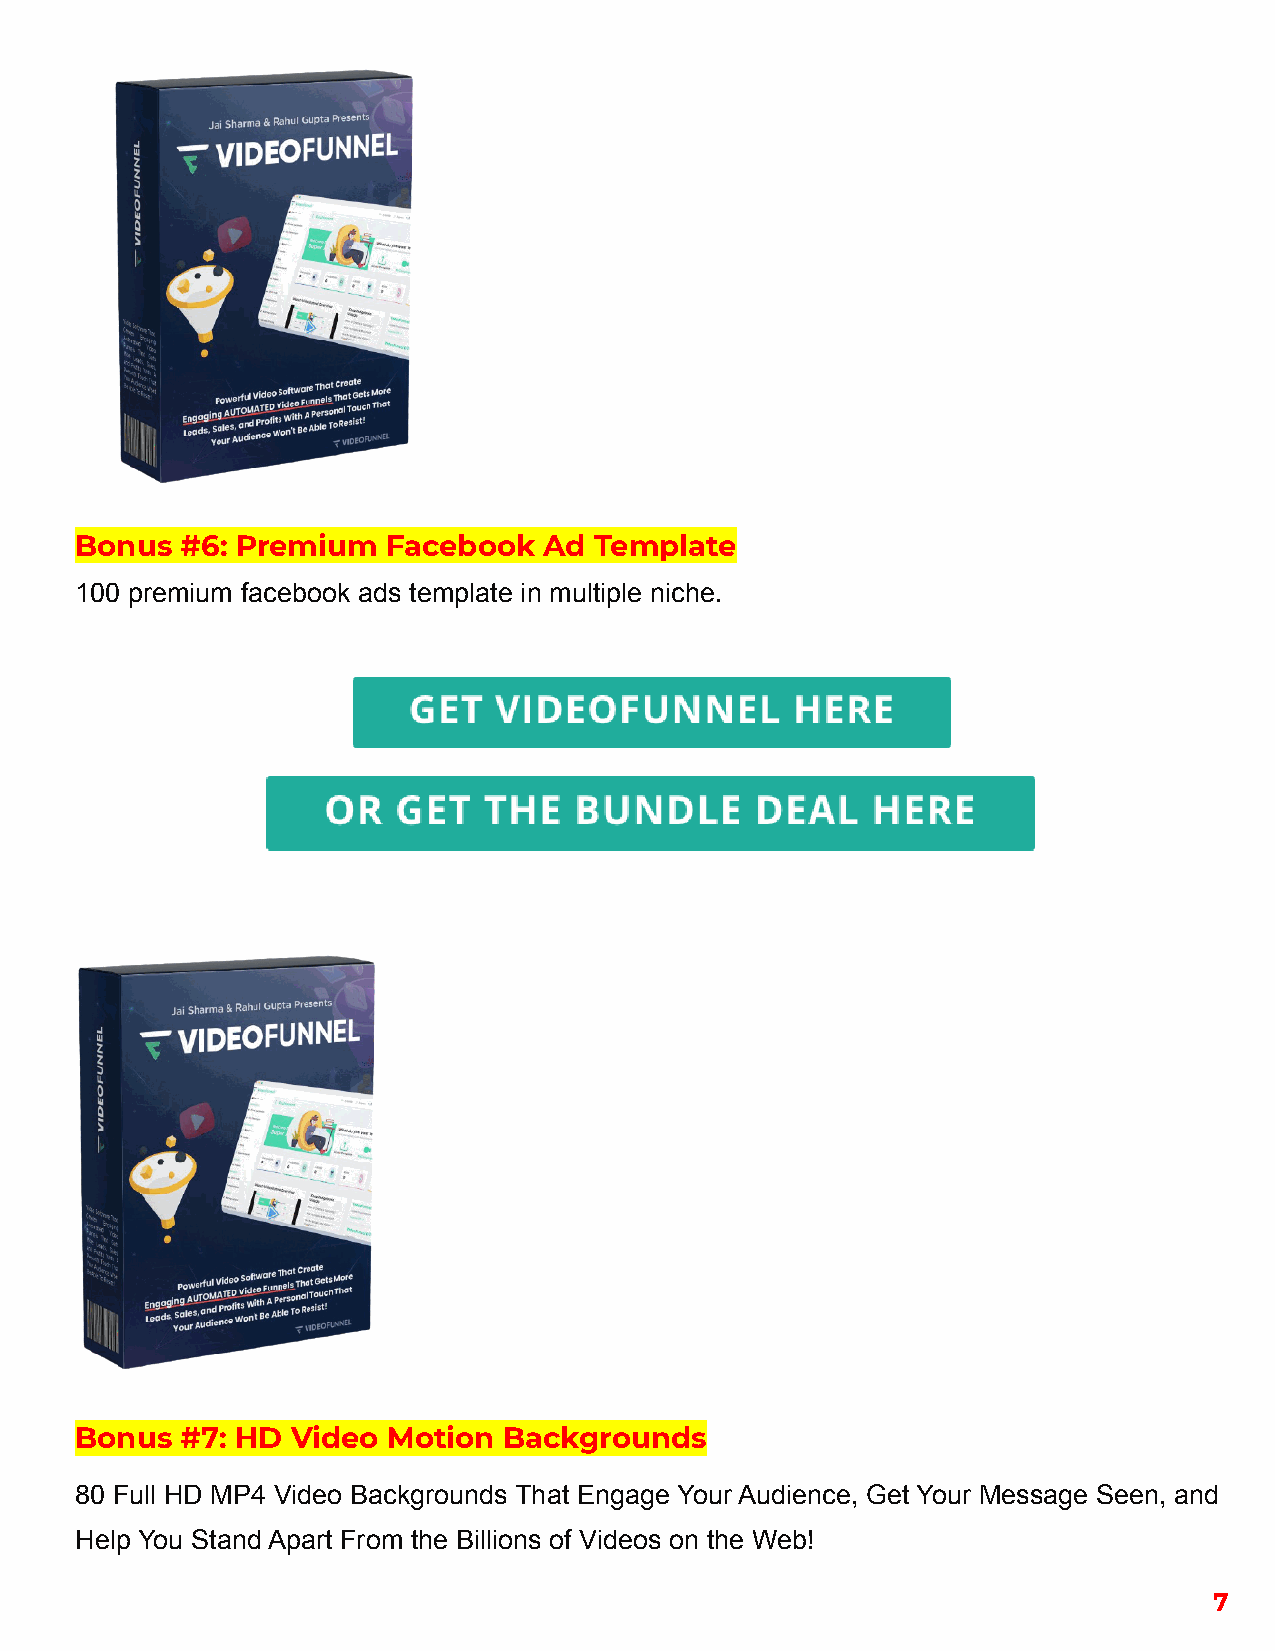
Bonus  #6: Premium   Facebook  Ad Template
 100 premium facebook ads template in multiple niche.
 Bonus  #7: HD Video  Motion Backgrounds
 80 Full HD MP4 Video Backgrounds That Engage Your Audience, Get Your Message Seen, and
 Help You Stand Apart From the Billions of Videos on the Web!
 7